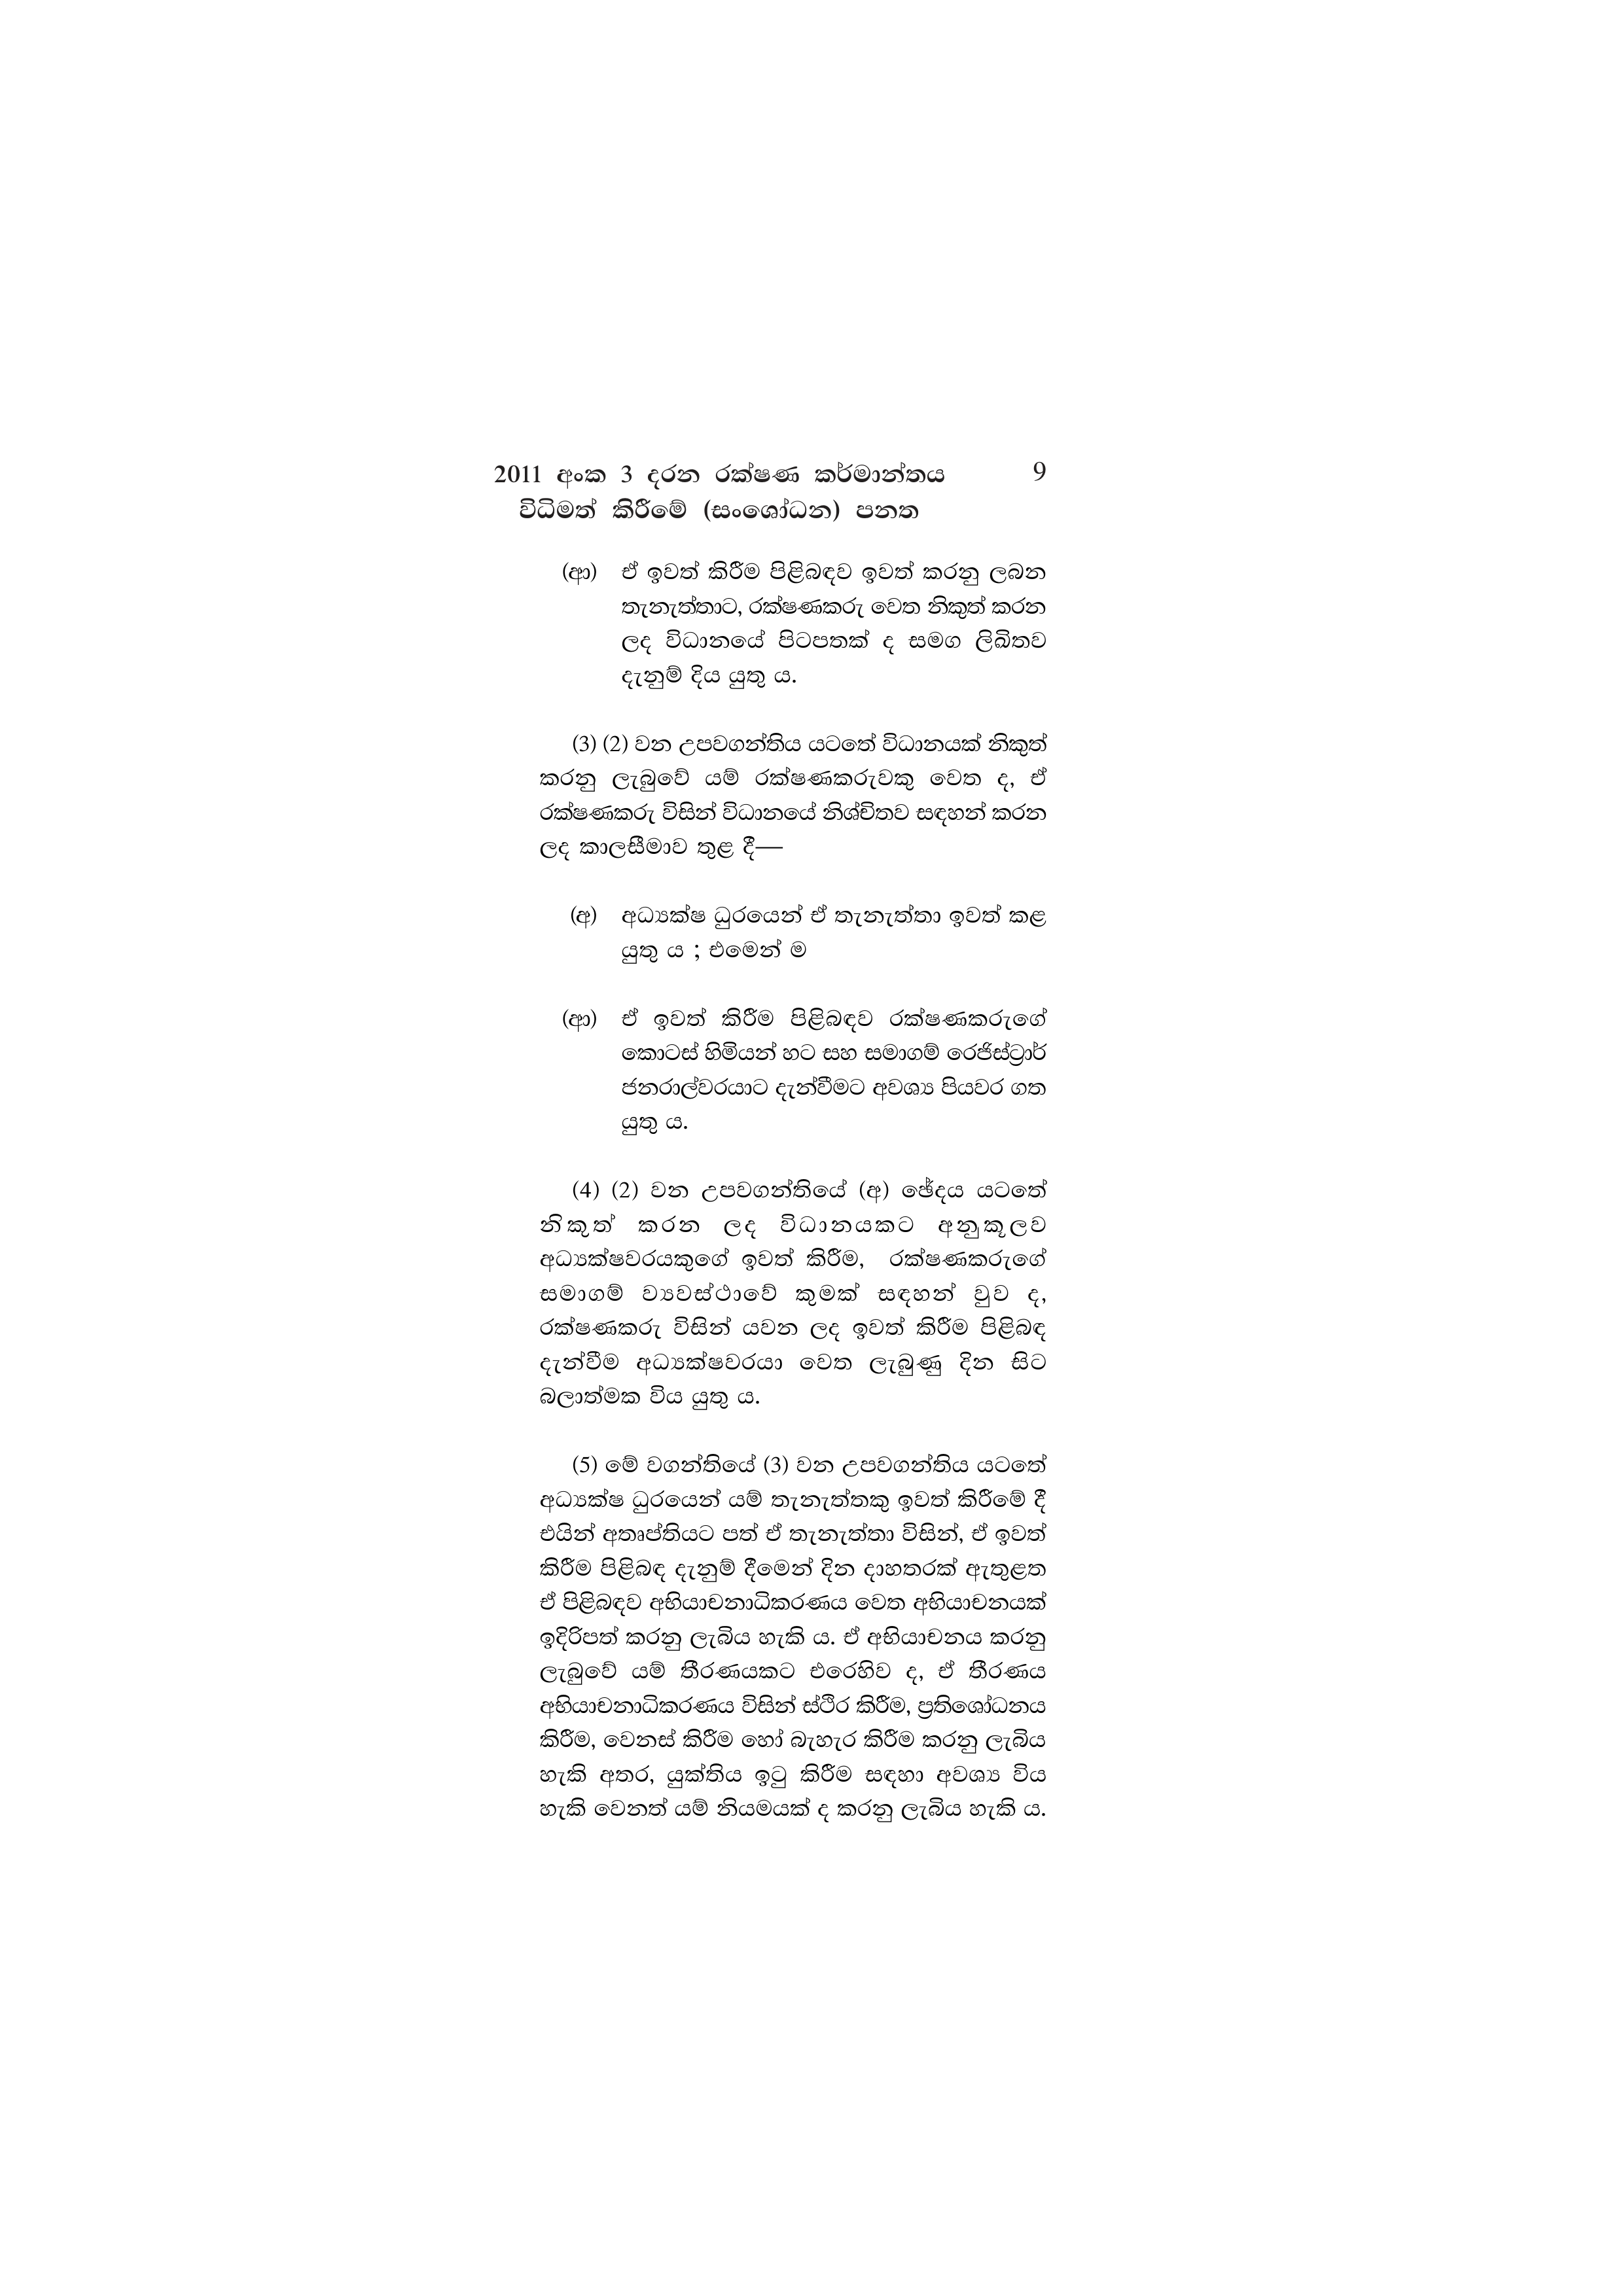
2011 අංක 3 දරන රක්ෂණ කර්මාන්තය 9
විධිමත් කිරීමේ (සංශෝධන) පනත

(ආ) ඒ ඉවත් කිරීම පිළිබඳව ඉවත් කරනු ලබන
තැනැත්තාට, රක්ෂණකරු වෙත නිකුත් කරන
ලද විධානයේ පිටපතක් ද සමග ලිඛිතව
දැනුම් දිය යුතු ය.

(3) (2) වන උපවගන්තිය යටතේ විධානයක් නිකුත්
කරනු ලැබුවේ යම් රක්ෂණකරුවකු වෙත ද, ඒ
රක්ෂණකරු විසින් විධානයේ නිශ්චිතව සඳහන් කරන
ලද කාලසීමාව තුළ දී—

(අ) අධ්‍යක්ෂ ධුරයෙන් ඒ තැනැත්තා ඉවත් කළ
යුතු ය ; එමෙන් ම

(ආ) ඒ ඉවත් කිරීම පිළිබඳව රක්ෂණකරුගේ
කොටස් හිමියන් හට සහ සමාගම් රෙජිස්ට්‍රාර්
ජනරාල්වරයාට දැන්වීමට අවශ්‍ය පියවර ගත
යුතු ය.

(4) (2) වන උපවගන්තියේ (අ) ඡේදය යටතේ
නිකුත් කරන ලද __ විධානයකට අනුකූලව
අධ්‍යක්ෂවරයකුගේ ඉවත් කිරීම, රක්ෂණකරුගේ
සමාගම් ව්‍යවස්ථාවේ කුමක් සඳහන් වුව ද,
රක්ෂණකරු විසින් යවන ලද ඉවත් කිරීම පිළිබඳ
දැන්වීම අධ්‍යක්ෂවරයා වෙත ලැබුණු දින සිට
බලාත්මක විය යුතු ය.

(5) මේ වගන්තියේ (3) වන උපවගන්තිය යටතේ
අධ්‍යක්ෂ ධුරයෙන් යම් තැනැත්තකු ඉවත් කිරීමේ දී
එයින් අතෘප්තියට පත් ඒ තැනැත්තා විසින්, ඒ ඉවත්
කිරීම පිළිබඳ දැනුම් දීමෙන් දින දාහතරක් ඇතුළත
ඒ පිළිබඳව අභියාචනාධිකරණය වෙත අභියාචනයක්
ඉදිරිපත් කරනු ලැබිය හැකි ය. ඒ අභියාචනය කරනු
ලැබුවේ යම් තීරණයකට එරෙහිව ද, ඒ තීරණය
අභියාචනාධිකරණය විසින් ස්ථිර කිරීම, ප්‍රතිශෝධනය
කිරීම, වෙනස් කිරීම හෝ බැහැර කිරීම කරනු ලැබිය
හැකි අතර, යුක්තිය ඉටු කිරීම සඳහා අවශ්‍ය විය
හැකි වෙනත් යම් නියමයක් ද කරනු ලැබිය හැකි ය.